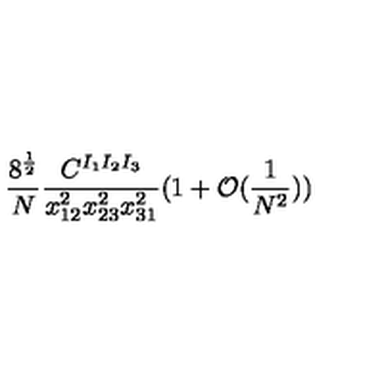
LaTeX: \frac { 8 ^ { \frac { 1 } { 2 } } } { N } \frac { C ^ { I _ { 1 } I _ { 2 } I _ { 3 } } } { x _ { 1 2 } ^ { 2 } x _ { 2 3 } ^ { 2 } x _ { 3 1 } ^ { 2 } } ( 1 + \mathcal { O } ( \frac { 1 } { N ^ { 2 } } ) )